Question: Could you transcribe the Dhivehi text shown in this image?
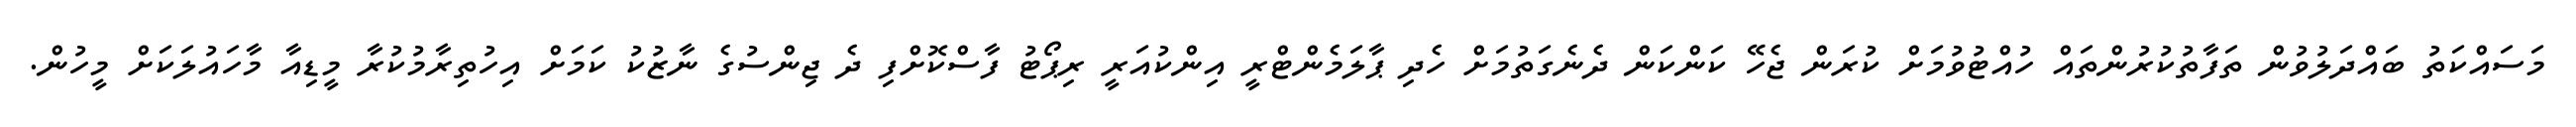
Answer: މަސައްކަތު ބައްދަލުވުން ތަފާތުކުރުންތައް ހުއްޓުވުމަށް ކުރަން ޖެހޭ ކަންކަން ދެނެގަތުމަށް ހެދި ޕާލަމެންޓްރީ އިންކުއަރީ ރިޕޯޓު ފާސްކޮށްފި ދެ ޖިންސުގެ ނާޒުކު ކަމަށް އިހުތިރާމުކުރާ މީޑިއާ މާހައުލަކަށް މީހުން.